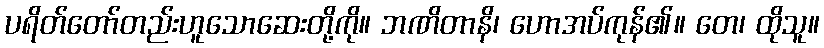
ပရိတ်တော်တည်းဟူသောဆေးတို့ကို။ ဘဏိတာနိ၊ ဟောအပ်ကုန်၏။ တေ၊ ထိုသူ။